Trukikaitis_Postimees, lk 41
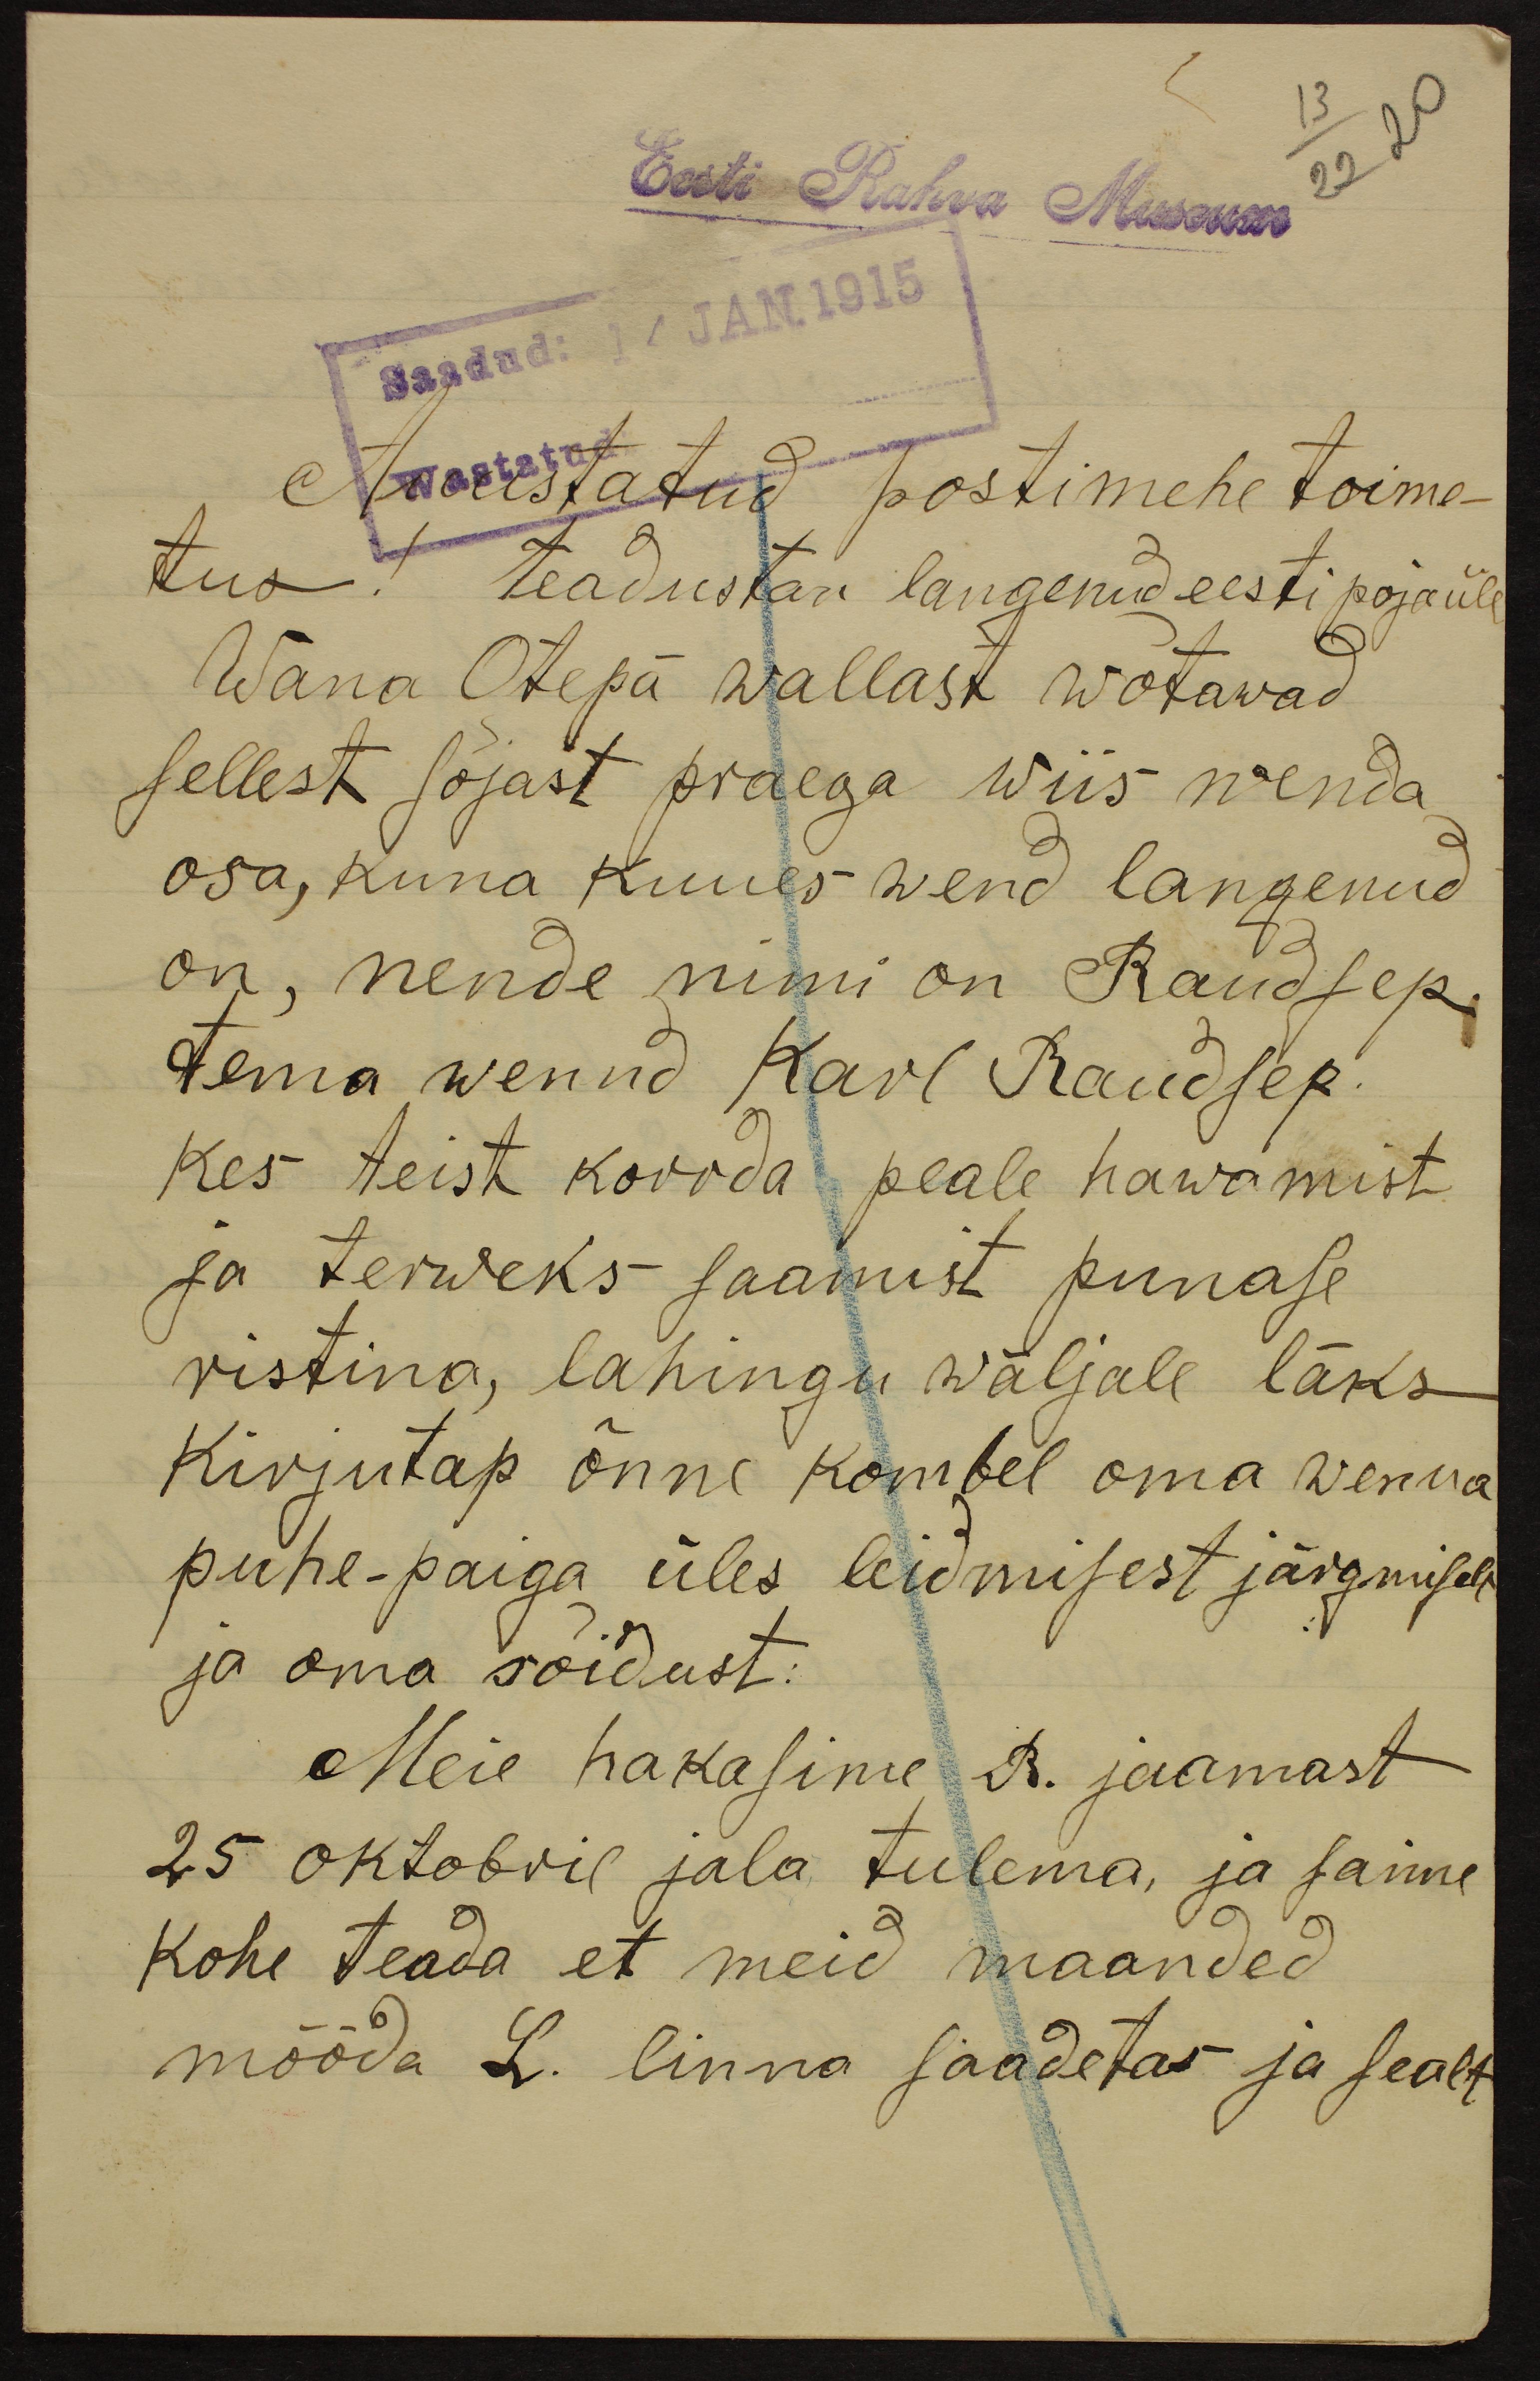
13
22 20
Eesti Rahva Museum
Saadud: 14 JAN. 1915
Auustatud postimehe toime-
tus! Teadustan langenud eesti poja üle
Wana Otepä wallast wõtawad
sellest sõjast praega wiis wenda
osa, kuna kuues wend langenud
on, nende nimi on Raudsep.
tema wennd Karl Raudsep
kes teist korrda peale hawamist
ja terweks saamist punase
ristina, lahingu wäljale läks
kirjutap õnne kombel oma wenna
puhe-paiga üles leidmisest järgmiselt
ja oma sõidust:
Meie hakasime R. jaamast
25 oktobril jala tulema, ja saime
kohe teada et meid maanded
mööda L. linna saadetas ja sealt